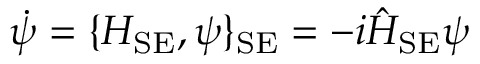
\dot { \psi } = \{ H _ { \mathrm { S E } } , \psi \} _ { \mathrm { S E } } = - i \hat { \cal H } _ { \mathrm { S E } } \psi